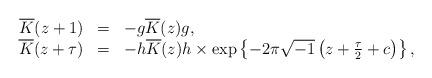
LaTeX: \begin{align*}\begin{array}{rcl}\overline{K}(z+1) & = & -g\overline{K}(z)g, \\\overline{K}(z+\tau ) & = & -h\overline{K}(z)h \times \exp \left\{ -2\pi \sqrt{-1}\left( z+\frac{\tau}{2}+c \right)\right\}, \end{array}\end{align*}